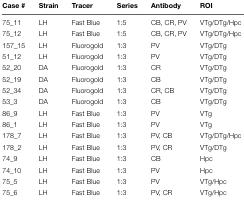
| Case # | Strain | Tracer | Series | Antibody | ROI |
 | --- | --- | --- | --- | --- | --- |
 | 75_11 | LH | Fast Blue | 1:5 | CB, CR, PV | VTg/DTg/Hpc |
 | 75_12 | LH | Fast Blue | 1:5 | CB, CR, PV | VTg/DTg/Hpc |
 | 157_15 | LH | Fluorogold | 1:3 | PV | VTg/DTg |
 | 51_12 | LH | Fluorogold | 1:3 | PV | VTg/DTg |
 | 52_20 | DA | Fluorogold | 1:3 | CR | VTg/DTg |
 | 52_19 | DA | Fluorogold | 1:3 | CB | VTg/DTg |
 | 52_34 | DA | Fluorogold | 1:3 | CR, CB | VTg/DTg |
 | 53_3 | DA | Fluorogold | 1:3 | CB | VTg/DTg |
 | 86_9 | LH | Fast Blue | 1:3 | PV | VTg |
 | 86_1 | LH | Fast Blue | 1:3 | PV | VTg |
 | 178_7 | LH | Fast Blue | 1:3 | PV, CB | VTg/DTg/Hpc |
 | 178_2 | LH | Fast Blue | 1:3 | PV, CR | VTg/DTg |
 | 74_9 | LH | Fast Blue | 1:3 | CB | Hpc |
 | 74_10 | LH | Fast Blue | 1:3 | PV | Hpc |
 | 75_5 | LH | Fast Blue | 1:3 | PV | VTg/Hpc |
 | 75_6 | LH | Fast Blue | 1:3 | PV, CR | VTg/Hpc |